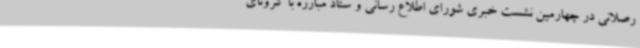
رصلانی در چهارمین نشست خبری شورای اطلاع رسانی و ستاد مبارزه با کرونای